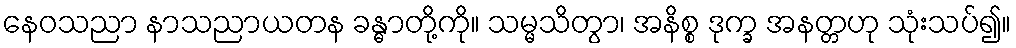
နေဝသညာ နာသညာယတန ခန္ဓာတို့ကို။ သမ္မသိတွာ၊ အနိစ္စ ဒုက္ခ အနတ္တဟု သုံးသပ်၍။